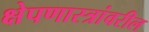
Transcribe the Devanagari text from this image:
क्षेपणास्त्रांवरील